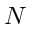
N